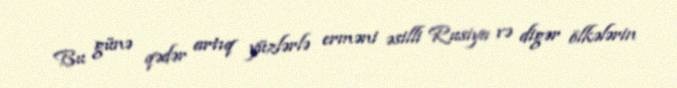
Bu günə qədər artıq yüzlərlə erməni əsilli Rusiya və digər ölkələrin